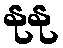
နုနု